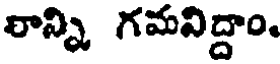
రాన్ని గమవిద్దాం.